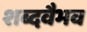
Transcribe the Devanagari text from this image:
शब्दवैभव